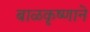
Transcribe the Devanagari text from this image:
बाळकृष्णाने